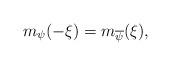
LaTeX: \begin{align*}m_{\psi}(-\xi) = m_{\overline{\psi}}(\xi),\end{align*}